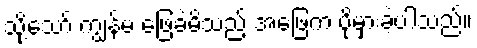
သို့သော် ကျွန်မ ဖြေခဲ့မိသည့် အဖြေက ပိုမှားခဲ့ပါသည်။